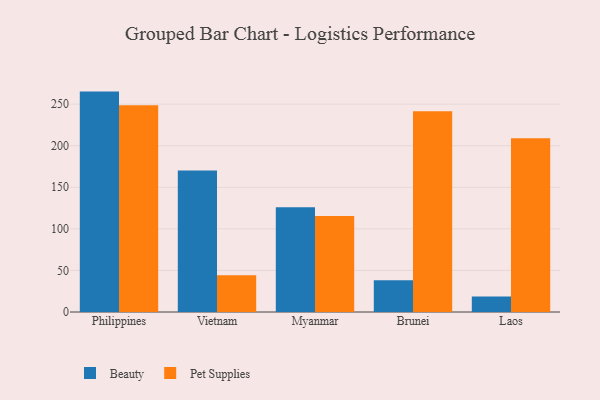
{"axis": {"x": "Country", "y": "Backlog"}, "legend": ["Beauty", "Pet Supplies"], "data": [{"x": "Philippines", "y": 265.1, "type": "Beauty"}, {"x": "Philippines", "y": 248.8, "type": "Pet Supplies"}, {"x": "Vietnam", "y": 170.1, "type": "Beauty"}, {"x": "Vietnam", "y": 44.1, "type": "Pet Supplies"}, {"x": "Myanmar", "y": 126.1, "type": "Beauty"}, {"x": "Myanmar", "y": 115.6, "type": "Pet Supplies"}, {"x": "Brunei", "y": 38.1, "type": "Beauty"}, {"x": "Brunei", "y": 241.6, "type": "Pet Supplies"}, {"x": "Laos", "y": 18.6, "type": "Beauty"}, {"x": "Laos", "y": 208.9, "type": "Pet Supplies"}]}